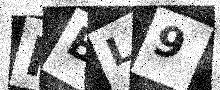
Text: HBL9